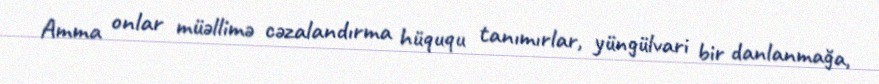
Amma onlar müəllimə cəzalandırma hüququ tanımırlar, yüngülvari bir danlanmağa,